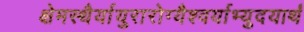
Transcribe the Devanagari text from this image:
क्षेमस्थैर्यायुरारोग्यैश्वर्याभ्युदयार्थं